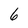
Character: 6